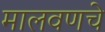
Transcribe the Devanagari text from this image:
मालवणचे